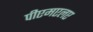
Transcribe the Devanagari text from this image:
पीएमएलए